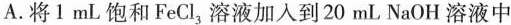
A.将1mL饱和FeCl3溶液加入到20mL NaOH溶液中